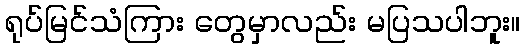
ရုပ်မြင်သံကြား တွေမှာလည်း မပြသပါဘူး။